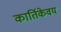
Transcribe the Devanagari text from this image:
कार्तिकेवय